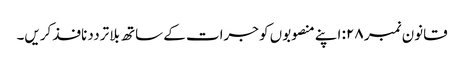
قانون نمبر ۲۸: اپنے منصوبوں کو جرات کے ساتھ بلا ترددنافذ کریں۔